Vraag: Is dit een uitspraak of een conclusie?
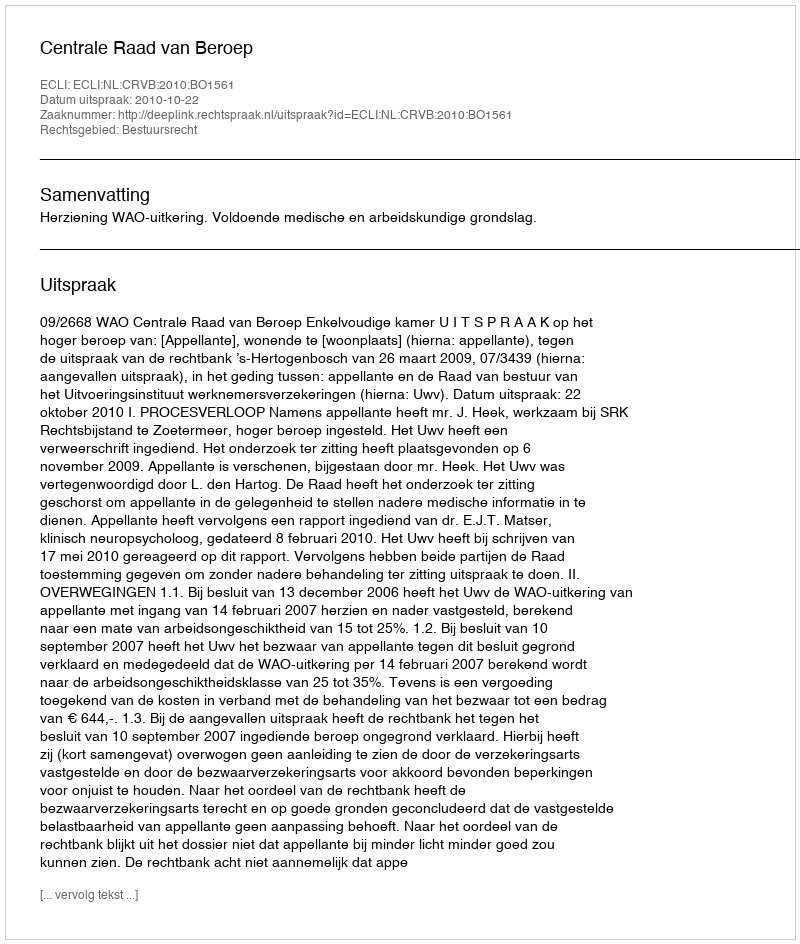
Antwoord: Uitspraak